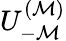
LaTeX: U_{-\mathcal{M}}^{(\mathcal{M})}